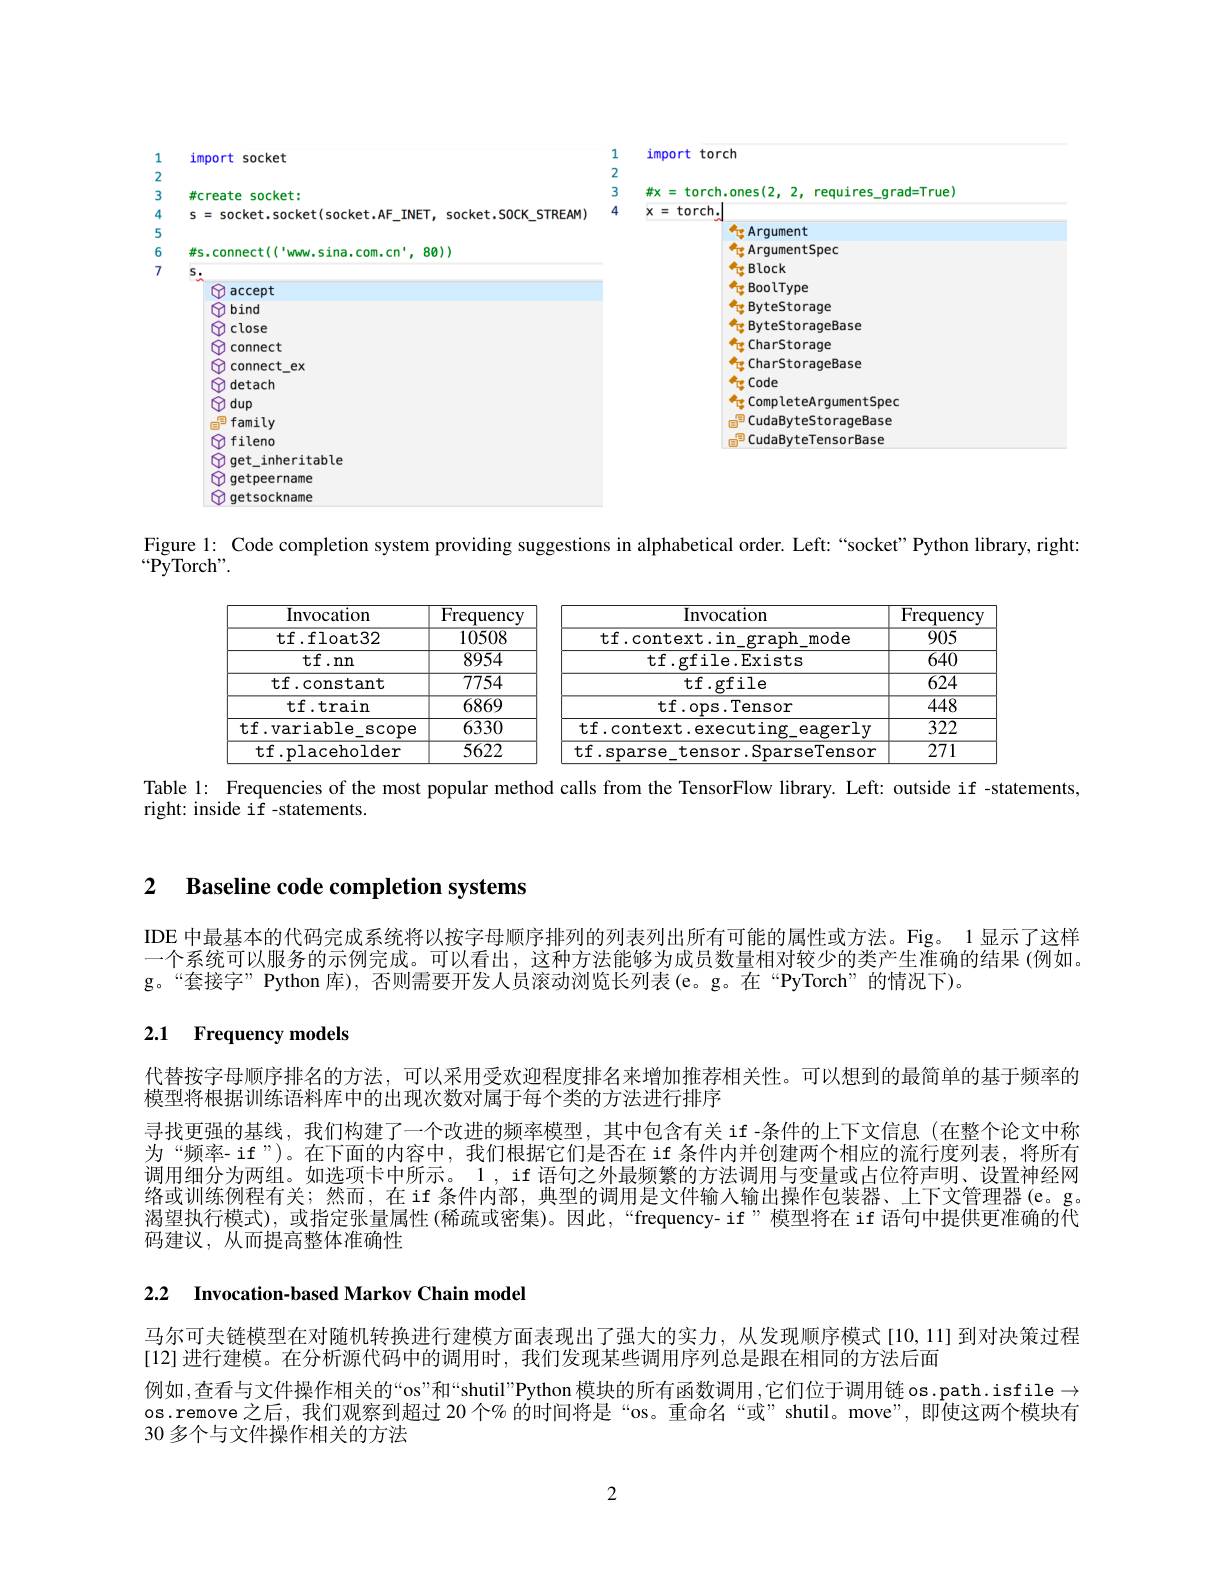
<FigureHere>

Figure 1: Code completion system providing suggestions in alphabetical order. Left:“socket”Python library, right:

$“{\mathrm{PyTorch"}}.$

<table>
	<tbody>
		<tr>
			<th>Invocation</th>
			<th>Frequency</th>
			<th>Invocation</th>
			<th>Frequency</th>
		</tr>
		<tr>
			<td>tf.float32</td>
			<td>10508</td>
			<td>tf.context.in graph mode</td>
			<td>905</td>
		</tr>
		<tr>
			<td>$\mathbf{tf}.$nn</td>
			<td>8954</td>
			<td>tf.gfile.Exists</td>
			<td>$\overline{640}$</td>
		</tr>
		<tr>
			<td>tf.constant</td>
			<td>7754</td>
			<td>$\mathbf{tf}.$gfile</td>
			<td>$\overline{624}$</td>
		</tr>
		<tr>
			<td>tf.train</td>
			<td>6869</td>
			<td>tf.ops.Tensor</td>
			<td>$\overline{448}$</td>
		</tr>
		<tr>
			<td>tf.variable_scope</td>
			<td>6330</td>
			<td>tf.context.executing_eagerly</td>
			<td>$\overline{322}$</td>
		</tr>
		<tr>
			<td>tf.placeholder</td>
			<td>5622</td>
			<td>tf.sparse tensor.SparseTensor</td>
			<td>271</td>
		</tr>
	</tbody>
</table>
Table l: Frequencies of the most popular method calls from the TensorFlow library. Left: outside if -statements,

right: inside if -statements.

## 2 $\textbf{Baseline code completion systems}$

IDE 中最基本的代码完成系统将以按字母顺序排列的列表列出所有可能的属性或方法。Fig。1 显示了这样一个系统可以服务的示例完成。可以看出，这种方法能够为成员数量相对较少的类产生准确的结果 (例如。g。“套接字” Python 库), 否则需要开发人员滚动浏览长列表(e。g。在“PyTorch”的情况下)。

# 2.1 Frequency models

代替按字母顺序排名的方法，可以采用受欢迎程度排名来增加推荐相关性。可以想到的最简单的基于频率的
模型将根据训练语料库中的出现次数对属于每个类的方法进行排序
寻找更强的基线，我们构建了一个改进的频率模型，其中包含有关 if -条件的上下文信息(在整个论文中称为“频率- if”)。在下面的内容中，我们根据它们是否在 if 条件内并创建两个相应的流行度列表，将所有调用细分为两组。如选项卡中所示。1 , if 语句之外最频繁的方法调用与变量或占位符声明、设置神经网络或训练例程有关；然而，在 if 条件内部，典型的调用是文件输人输出操作包装器、上下文管理器(e。g。渴望执行模式),或指定张量属性 (稀疏或密集)。因此，“frequency- if”模型将在 if 语句中提供更准确的代码建议，从而提高整体准确性

2.2 Invocation-based Markov Chain model

马尔可夫链模型在对随机转换进行建模方面表现出了强大的实力，从发现顺序模式[10,11]到对决策过程
[12] 进行建模。在分析源代码中的调用时，我们发现某些调用序列总是跟在相同的方法后面
例如，查看与文件操作相关的“os”和“shutil”Python 模块的所有函数调用，它们位于调用链 os.path.isfile $\to$ os.remove之后，我们观察到超过 20 个% 的时间将是“os。重命名“或”shutil。move”,即使这两个模块有30 多个与文件操作相关的方法

2